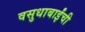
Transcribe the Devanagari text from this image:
वसुधाबाईंची